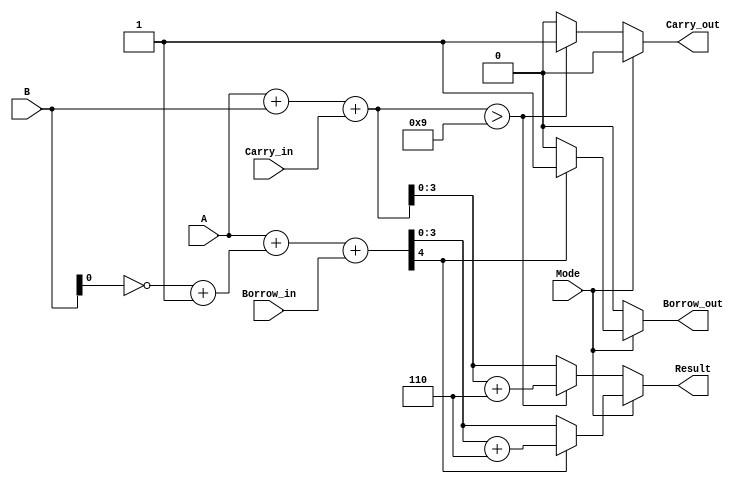
module BCD_Add_Subtracter (
    input [3:0] A,          // First BCD digit
    input [3:0] B,          // Second BCD digit
    input Mode,             // Control signal: 0 for addition, 1 for subtraction
    input Carry_in,         // Carry input for addition
    input Borrow_in,        // Borrow input for subtraction
    output reg [3:0] Result,// Output BCD digit
    output reg Carry_out,    // Carry output for addition
    output reg Borrow_out    // Borrow output for subtraction
);

// Internal wires
wire [4:0] Sum;            // 5 bits to accommodate carry
wire [4:0] Sub;            // 5 bits to accommodate borrow
wire B_neg;                // B's two's complement indicator

// Addition logic
assign Sum = A + B + Carry_in;

// Subtraction logic using two's complement
assign B_neg = ~B + 4'b0001; // Two's complement of B
assign Sub = A + B_neg + Borrow_in;

// BCD Correction for Addition
always @(*) begin
    if (Mode == 0) begin // Addition
        if (Sum > 4'b1001) begin
            Result = Sum + 4'b0110; // Add 6 for BCD correction
            Carry_out = 1'b1;        // Carry out is set
        end else begin
            Result = Sum[3:0];       // Assign lower 4 bits
            Carry_out = 1'b0;        // No carry out
        end
        Borrow_out = 1'b0; // No borrow in addition
    end else begin // Subtraction
        if (Sub[4] == 1'b1) begin // Check if the result is negative
            Result = Sub + 4'b0110; // Add 6 for BCD correction
            Borrow_out = 1'b1;      // Set borrow out
        end else begin
            Result = Sub[3:0];       // Assign lower 4 bits
            Borrow_out = 1'b0;      // No borrow out
        end
        Carry_out = 1'b0; // No carry in subtraction
    end
end

endmodule